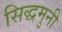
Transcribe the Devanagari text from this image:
सिद्धमुनी